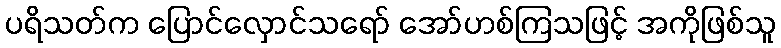
ပရိသတ်က ပြောင်လှောင်သရော် အော်ဟစ်ကြသဖြင့် အကိုဖြစ်သူ